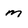
Character: m